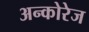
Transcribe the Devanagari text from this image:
अन्कोरेज